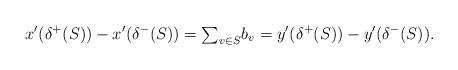
LaTeX: \begin{align*}x'(\delta^+(S))-x'(\delta^-(S))=\mbox{$\sum_{v\in S}$}b_v=y'(\delta^+(S))-y'(\delta^-(S)).\end{align*}